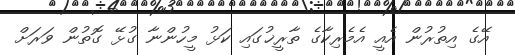
އޭގެ އިތުރުން އެއީ އެމެރިކާގެ ތާރީޚުގައި ކަޅު މީހުންނާ ގުޅޭ ގޮތުން ވަރަށް